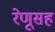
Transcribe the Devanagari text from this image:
रेणूसह